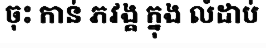
ចុះ កាន់ ភវង្គ ក្នុង លំដាប់